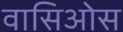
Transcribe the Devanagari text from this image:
वासिओस